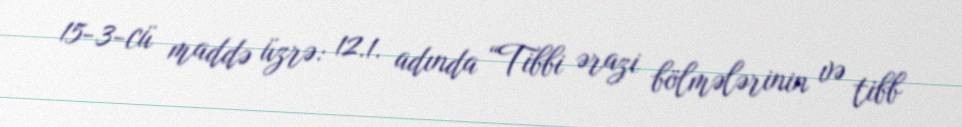
15-3-cü maddə üzrə: 12.1. adında “Tibbi ərazi bölmələrinin və tibb